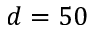
d = 5 0